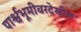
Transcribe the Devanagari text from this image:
पार्श्वभूमीवरदेखील